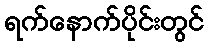
ရက်နောက်ပိုင်းတွင်